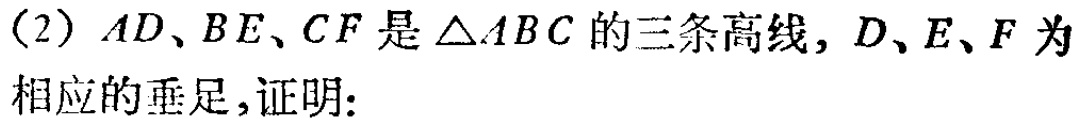
（2）$AD、BE、CF$是$\triangle ABC$的三条高线，$D、E、F$为相应的垂足，证明：